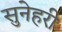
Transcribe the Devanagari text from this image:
सुनेहरी